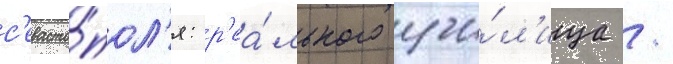
с'евасто́пол'я: р'еа́льного учи́л'ища /